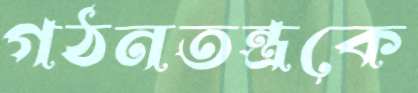
গঠনতন্ত্রকে